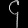
Digit: ၄